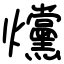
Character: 爣